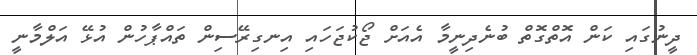
ދީނުގައި ކަން އޮތްގޮތް ބުނެެދިނީމާ އެއަށް ޖޯކުޖަހައި އިނގިރޭސިން ތައްޕާހުން އުޅޭ އަލްމާނީ